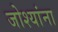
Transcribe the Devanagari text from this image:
जोश्यांना